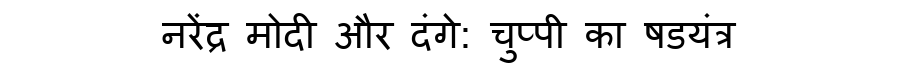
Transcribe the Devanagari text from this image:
नरेंद्र मोदी और दंगे: चुप्पी का षडयंत्र